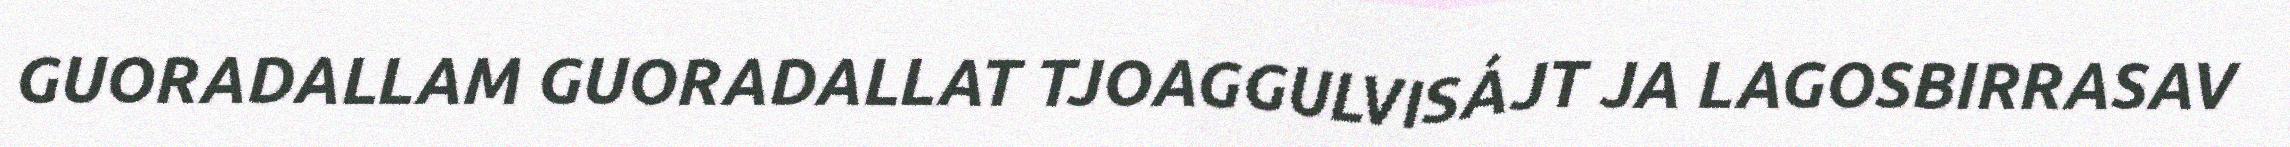
GUORADALLAM GUORADALLAT TJOAGGULVISÁJT JA LAGOSBIRRASAV